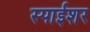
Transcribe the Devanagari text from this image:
स्पाईशर